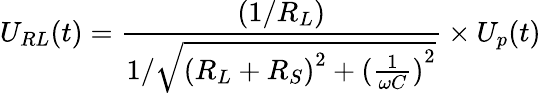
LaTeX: {U_{RL}}(t)=\frac{{(1/{R_{L}})}}{{1/\sqrt{{{({R_{L}}+{R_{S}})}^{2}}+{{(\frac{1}{{\omega C}})}^{2}}}}}\times{U_{p}}(t)